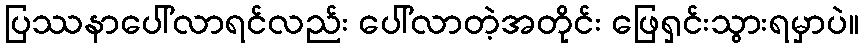
ပြဿနာပေါ်လာရင်လည်း ပေါ်လာတဲ့အတိုင်း ဖြေရှင်းသွားရမှာပဲ။